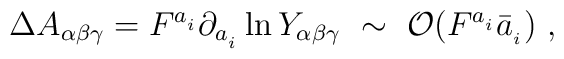
\Delta A_{\alpha \beta \gamma}= F^{a_{_i}} \partial_{a_{_i}} \ln Y_{\alpha \beta \gamma}~\sim ~ {\cal O}(F^{a_{_i}} \bar a_{_i})~,